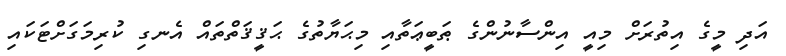
އަދި މީގެ އިތުރަށް މިއީ އިންސާނުންގެ ޠަބީޢަތާއި މިޙަޔާތުގެ ޙަޤީޤަތްތައް އެނގި ކުރިމަގަށްޓަކައި